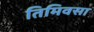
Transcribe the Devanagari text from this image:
तिमिवसा